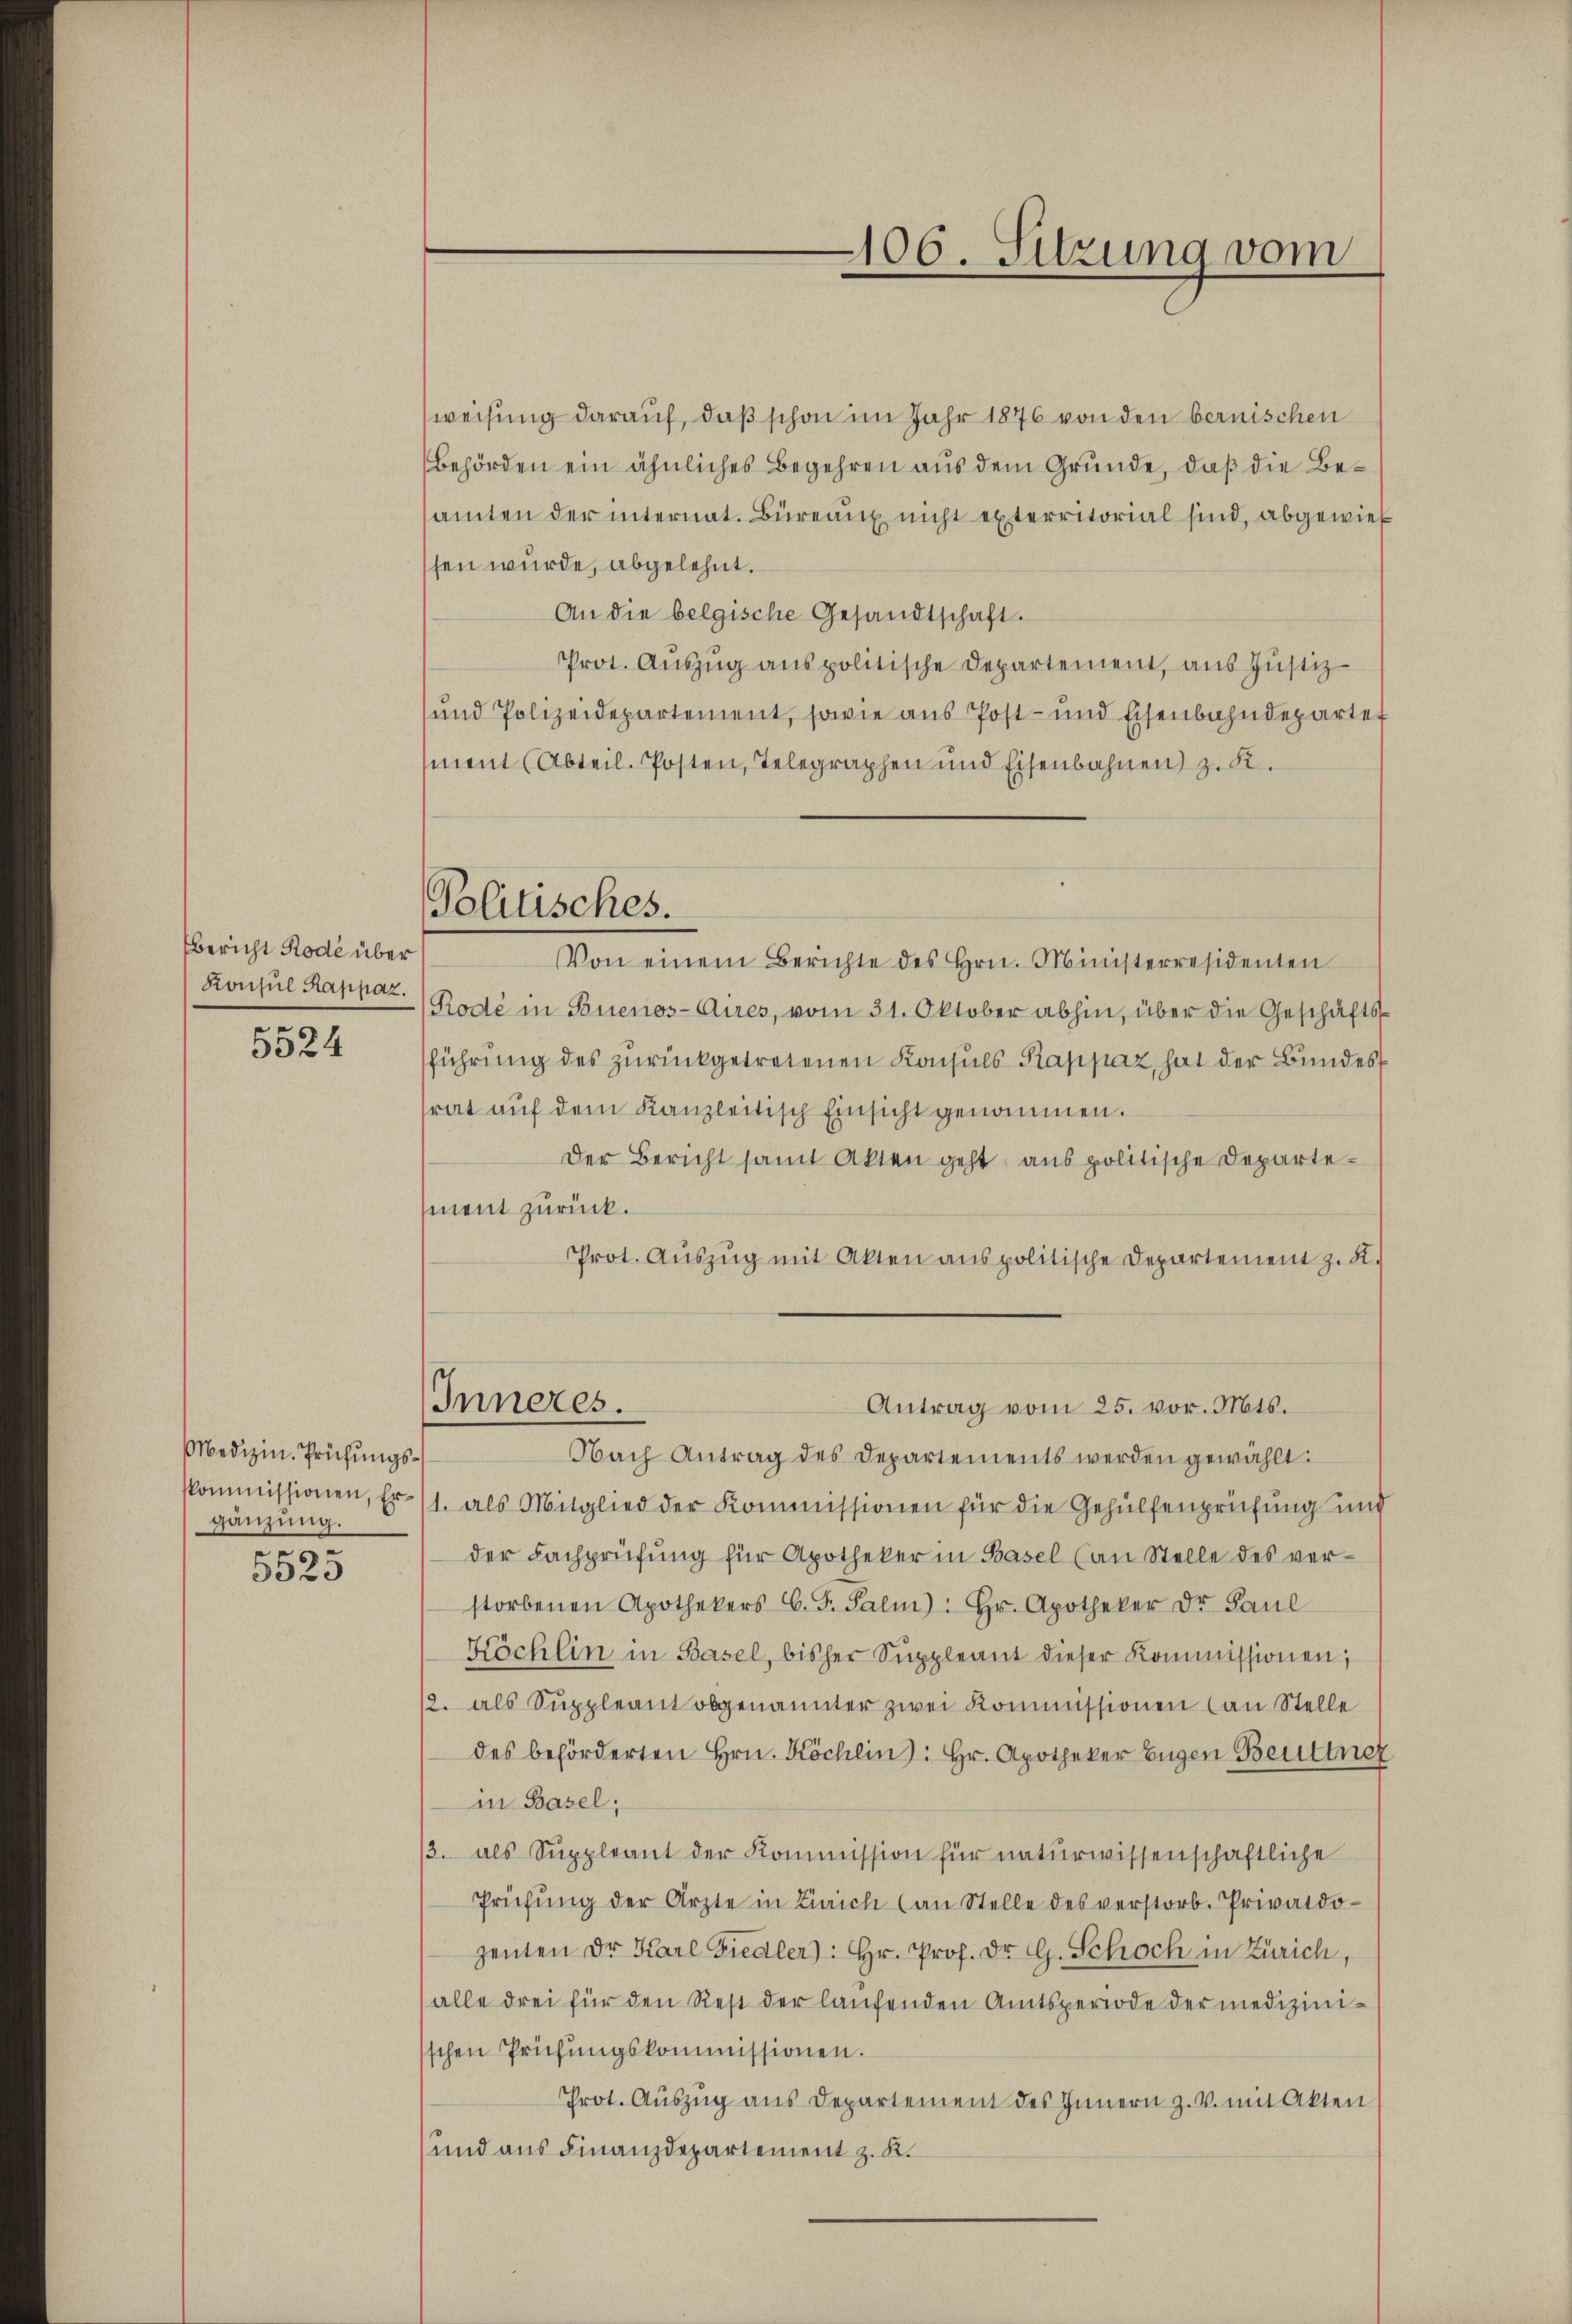
sbericht Rode über
Konsul Rappaz.
e

50. 4

Medizin. Prüfungskommissionen, Er
gänzung.
u

3525

Politisches.

weisung darauf, daß schon im Jahr 1876 von den bernischen
Behörden ein ähnliches Begehren aus dem Grunde, daß die Besamten der internat. Büreaux nicht exterritorial sind, abgewies
ssen wurde, abgelehnt.
An die belgische Gesandtschaft.
Prot. Aŭszŭg anspolitische Departement, aus Justiz-
und Polizeidepartement, sowie aus Post- und Eisenbahndepartet
ment (Abteil-Posten, Telegraphen und Eisenbahnen z. B.
Von einem Berichte des Hrn. Ministerresidenten
Rode in Buenos-Aires, vom 31. Oktober abhin, über die Geschäftsführŭng des zŭrückgetretenen Konsuls Kappaz, hat der Bundessrat auf dem Kanzleitisch Einsicht genommen.
Der Bericht samt Akten geht aus politische Departement zurück.
Prot. Aŭszŭg mit Akten anspolitische Departement z. B.
Inneres.
Antrag vom 25. vor. Mts.
Nach Antrag des Departements werden gewählt:
1. als Mitglied der Kommissionen für die Gehülfenprüfung und
der Fachprüfŭng für Apotheker in Basel (an Stelle des ver-
storbenen Apothekers C. F. Palm): Hr. Apotheker der Paul
Nöchlin in Basel, bisher Suppleant dieser Kommissionen;
12. als Suppleant obgenannter zwei Kommissionen an Stelle
des beförderten Hrn. Köchlin): Hr. Apotheker Eugen Beuttner
in Basel;
2. als Suppleant der Kommission für naturwissenschaftliche
Prüfŭng der Ärzte in Zürich (an Stelle des verstorb. Privatdozenten Dr. Karl Fiedler): Hr. Prof. Dr. G. Schoch in Zürich,
alle drei für den Rest der laufenden Amtsperiode der medizinisschen Prüfungskommissionen.
Prot. Aŭszŭg aŭs Departement des Innern z. v. mit Akten
und aus Finanzdepartement z. K.

106. Sitzung vom